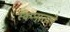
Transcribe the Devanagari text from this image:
स्वप्नातले